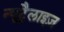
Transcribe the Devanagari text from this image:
न्यूट्रैलाइज़